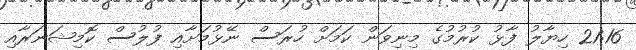
21:16 ހިޔާލު ފާޅު ކުރުމުގެ މިނިވަން ކަމަށް ހުރަސް ނޭޅުމަށާއި ފުލުސް ކޮމިޝަނަރާއި